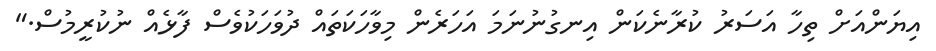
އިޔަންއަށް ތިހާ އަސަރު ކުރާނެކަން އިނގުނުނަމަ އަހަރެން މިވާހަކަތައް ދުވަހަކުވެސް ފާޅެއް ނުކުރީމުސް."